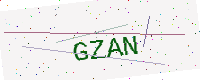
Text: GZAN